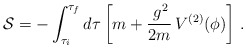
\begin{align*}{\cal S} = -\int_{\tau_i}^{\tau_f} d\tau\left[m + \frac{\,g^2}{2m}\,V^{(2)}(\phi)\right]\,.\end{align*}